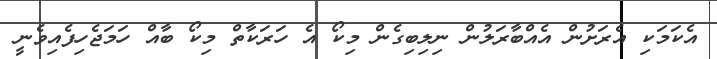
އެކަމަކި އެރަށުން އެއްބާރަލުން ނިލިބިގެން މިކޯ އެ ހަރަކާތް މިކޯ ބާއް ހަމަޖެހިފެއިވެނީ